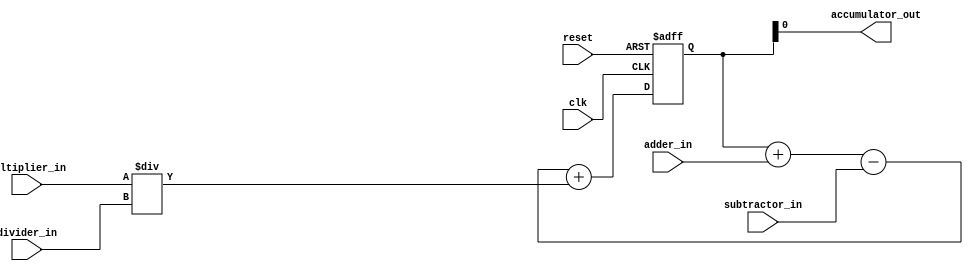
module accumulator (
    input wire clk,
    input wire reset,
    input wire adder_in,
    input wire subtractor_in,
    input wire multiplier_in,
    input wire divider_in,
    output reg accumulator_out
);

reg [31:0] accumulator_value;

always @(posedge clk or posedge reset)
begin
    if (reset)
        accumulator_value <= 0;
    else
    begin
        accumulator_value <= accumulator_value + adder_in - subtractor_in + multiplier_in / divider_in;
    end
end

assign accumulator_out = accumulator_value;

endmodule